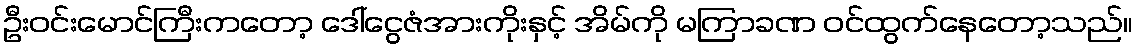
ဦးဝင်းမောင်ကြီးကတော့ ဒေါ်ငွေဇံအားကိုးနှင့် အိမ်ကို မကြာခဏ ဝင်ထွက်နေတော့သည်။